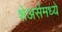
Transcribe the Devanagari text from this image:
शेअर्समध्ये